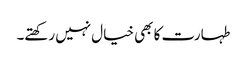
طہارت کا بھی خیال نہیں رکھتے۔